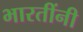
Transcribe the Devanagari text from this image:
भारतींनी